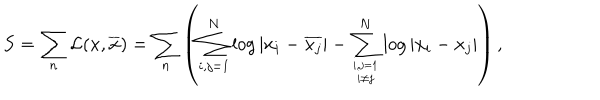
S = \sum _ { n } { \cal L } ( x , \overline { { { x } } } ) = \sum _ { n } \left( \sum _ { i , j = 1 } ^ { N } \log | x _ { i } - \overline { { { x _ { j } } } } | - \sum _ { i , j = 1 \atop i \ne j } ^ { N } \log | x _ { i } - { x _ { j } } | \right) ,